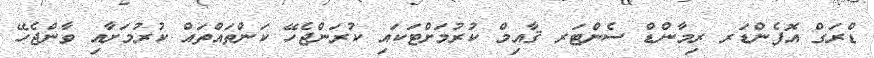
ޑްރަގް އޮފެންޑަރ ރިމާންޑް ސެންޓަރ ޤާއިމް ކުރުމަށްޓަކައި ކުރަންޖެހޭ ކަންތައްތައް ކުރުމަށާއި ވާންޖެހޭ